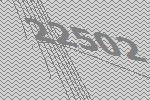
22502